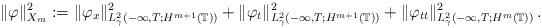
LaTeX: \begin{align*}\Vert\varphi\Vert_{X_m}^2:=\Vert\varphi_{x}\Vert^2_{L^2_\gamma(-\infty, T; H^{m+1}(\mathbb T))}+\Vert\varphi_t\Vert^2_{L^2_\gamma(-\infty, T; H^{m+1}(\mathbb T))}+\Vert\varphi_{tt}\Vert^2_{L^2_\gamma(-\infty, T; H^{m}(\mathbb T))}\,.\end{align*}